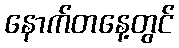
နောက်တနေ့တွင်